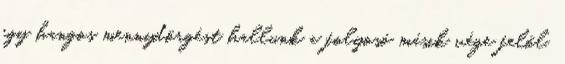
egy hangos mennydörgést hallunk a folyosó másik vége felől.